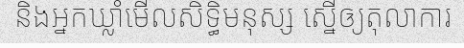
និងអ្នកឃ្លាំមើលសិទ្ធិមនុស្ស ស្នើឲ្យតុលាការ